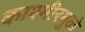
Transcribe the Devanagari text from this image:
काश्मीरमुळे